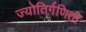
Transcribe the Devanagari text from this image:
ज्योतिर्गणिती